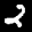
Label: 2